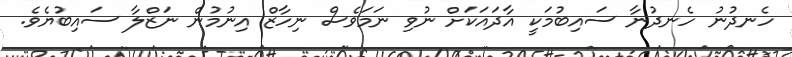
ހެނދުނު ހެނދުނާ ސައިބުމަކީ އާދައަކަށް ނުވި ނަމަވެސް ނިހާޒް އިނުމުން ނަޒްލާ ސައިބުޔެވެ.